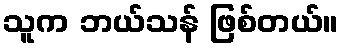
သူက ဘယ်သန် ဖြစ်တယ်။